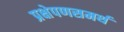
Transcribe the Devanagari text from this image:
प्रक्षेपणसमर्थ